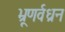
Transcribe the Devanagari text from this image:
भ्रूणर्वध्रन